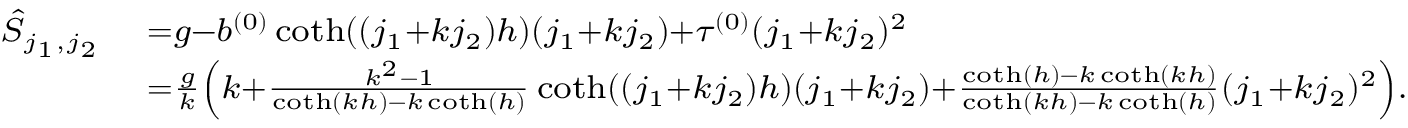
\begin{array} { r l } { { \scriptstyle \hat { S } _ { j _ { 1 } , j _ { 2 } } } } & { { \scriptstyle = g - b ^ { ( 0 ) } \coth ( ( j _ { 1 } + k j _ { 2 } ) h ) ( j _ { 1 } + k j _ { 2 } ) + \tau ^ { ( 0 ) } ( j _ { 1 } + k j _ { 2 } ) ^ { 2 } } } \\ & { { \scriptstyle = \frac { g } { k } \left( k + \frac { k ^ { 2 } - 1 } { \coth ( k h ) - k \coth ( h ) } \coth ( ( j _ { 1 } + k j _ { 2 } ) h ) ( j _ { 1 } + k j _ { 2 } ) + \frac { \coth ( h ) - k \coth ( k h ) } { \coth ( k h ) - k \coth ( h ) } ( j _ { 1 } + k j _ { 2 } ) ^ { 2 } \right) . } } \end{array}